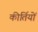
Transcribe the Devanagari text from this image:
कीर्तियों